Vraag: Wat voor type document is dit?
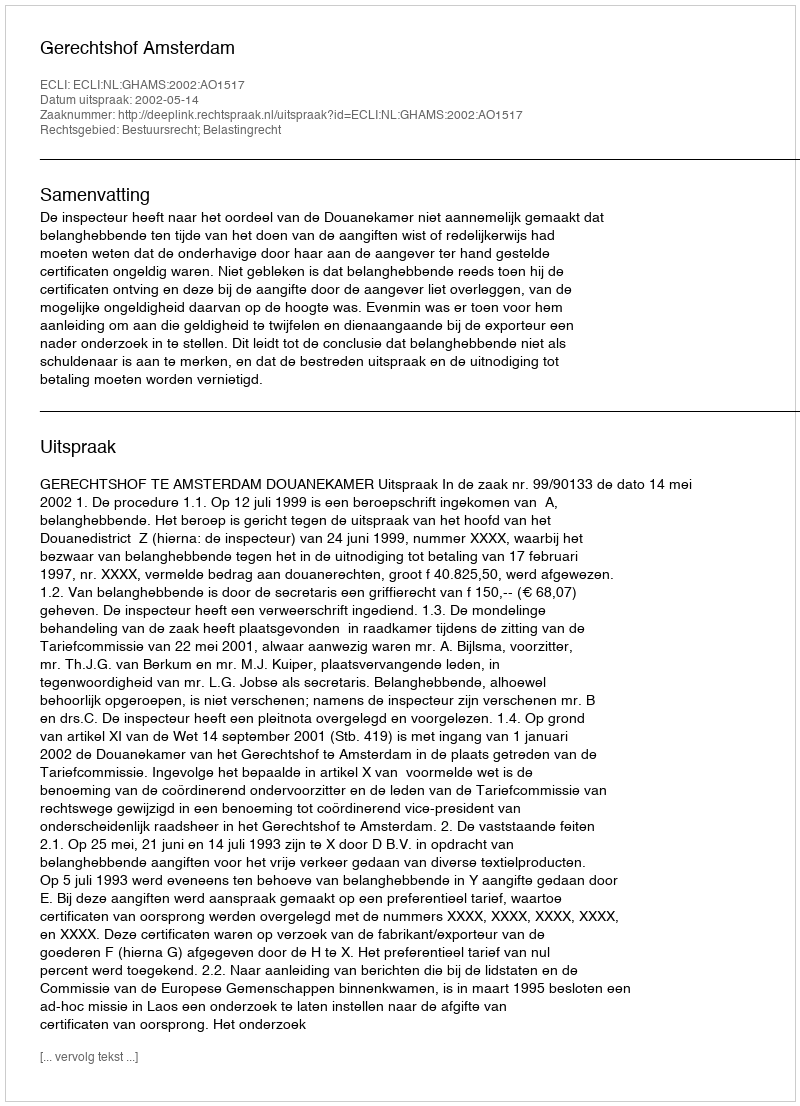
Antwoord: Uitspraak